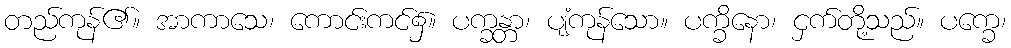
တည်ကုန်၏။ အာကာသေ၊ ကောင်းကင်၌။ ပက္ခန္တာ၊ ပျံကုန်သော။ ပက္ခိနော၊ ငှက်တို့သည်။ ပက္ခေ၊